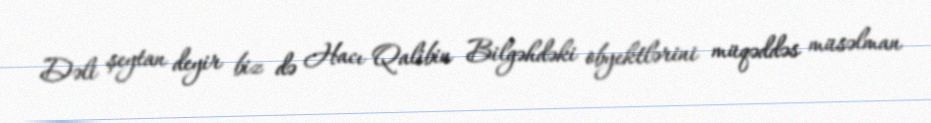
Dəli şeytan deyir biz də Hacı Qalibin Bilgəhdəki obyektlərini müqəddəs müsəlman